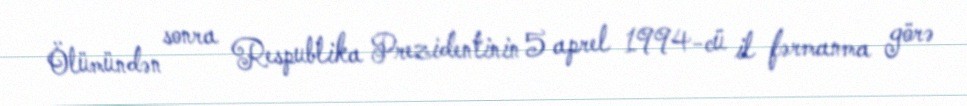
Ölümündən sonra Respublika Prezidentinin 5 aprel 1994-cü il fərmanma görə